Report of the Municipal Commissioner on the plague in Bombay for the year ending 31st May... - Volume 3
Disease focus: Plague
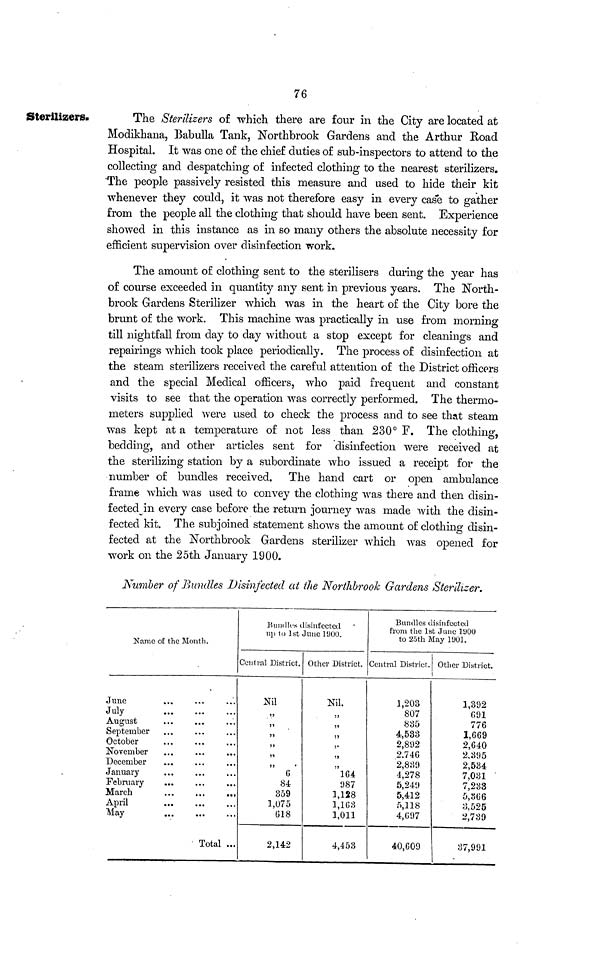
76
Sterilizers.
The Sterilizers of which there are four in the City are located at
Modikhana, Babulla Tank, Northbrook Gardens and the Arthur Road
Hospital. It was one of the chief duties of sub-inspectors to attend to the
collecting and despatching of infected clothing to the nearest sterilizers.
"The people passively resisted this measure and used to hide their kit
whenever they could, it was not therefore easy in every case to gather
from the people all the clothing that should have been sent. Experience
showed in this instance as in so many others the absolute necessity for
efficient supervision over disinfection work.
The amount of clothing sent to the sterilisers during the year has
of course exceeded in quantity any sent in previous years. The North-
brook Gardens Sterilizer which was in the heart of the City bore the
brunt of the work. This machine was practically in use from morning
till nightfall from day to day without a stop except for cleanings and
repairings which took place periodically. The process of disinfection at
the steam sterilizers received the careful attention of the District officers
and the special Medical officers, who paid frequent and constant
visits to see that the operation was correctly performed. The thermo-
meters supplied were used to check the process and to see that steam
was kept at a temperature of not less than 230° F. The clothing,
bedding, and other articles sent for disinfection were received at
the sterilizing station by a subordinate who issued a receipt for the
number of bundles received. The hand cart or open ambulance
frame which was used to convey the clothing was there and then disin-
fected in every case before the return journey was made with the disin-
fected kit. The subjoined statement shows the amount of clothing disin-
fected at the Northbrook Gardens sterilizer which was opened for
work on the 25th January 1900.
Number of Bundles Disinfected at the Northbrook Gardens Sterilizer.
Name of the Month.
June
July
August
September
October
November
December
January
February
March
...
...
...
April
May
...
Total ...
Bundles disinfected
up to 1st June 1900.
Central District.
Nil
"
"
"
"
"
"
6
84
359
1,075
018
2,142
Other District.
Nil.
"
"
"
"
"
"
164
987
1,128
1,163
1,011
4,453
Bundles disinfected
from the 1st June 1900
to 25th May 1901.
Central District.
1,203
807
835
4,533
2,892
2,746
2,839
4,278
5,249
5,412
5,118
4,697
40,609
Other District.
1,392
691
776
1,669
2,640
2.395
2,534
7,031
7,233
5,366
3.525
2,739
37,991